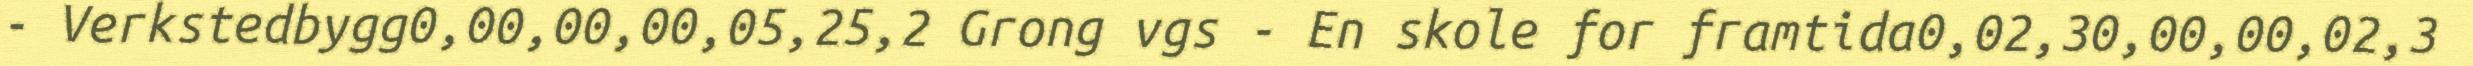
- Verkstedbygg0,00,00,00,05,25,2 Grong vgs - En skole for framtida0,02,30,00,00,02,3